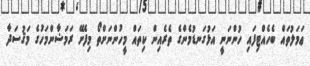
ޢަމަލުތައް ބެހެއްޓިފައި ހުންނަނީ އަޅުގަނޑުމެންގެ ތެރެއިން ކިތައް މީހުންނަށްތޯ މިފެށޭ ރަމަޟާންމަހުގެ މަޤުސަދާ